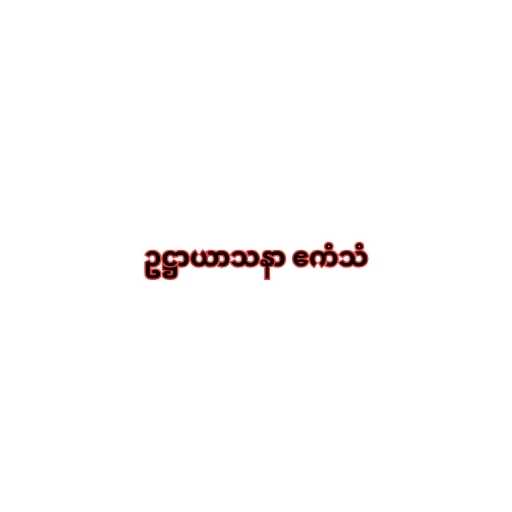
ဥဋ္ဌာယာသနာ ဧကံသံ